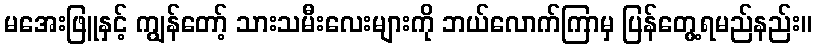
မအေးဖြူနှင့် ကျွန်တော့် သားသမီးလေးများကို ဘယ်လောက်ကြာမှ ပြန်တွေ့ရမည်နည်း။